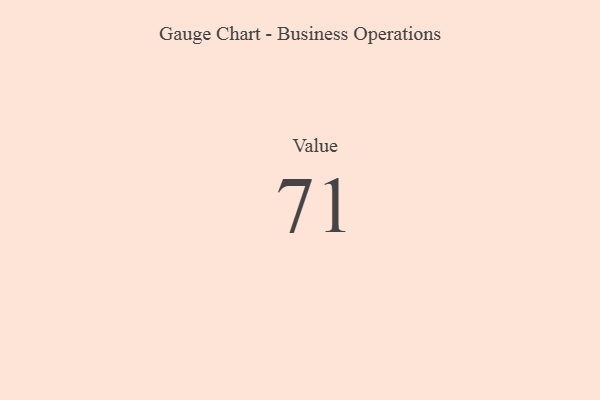
{"axis": {"x": "Metric", "y": "Value"}, "legend": [""], "data": [{"x": "Value", "y": 71, "type": ""}]}